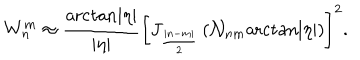
LaTeX: W _ { n } ^ { m } \approx \frac { \mathrm { a r c t a n } | \eta | } { | \eta | } \left[ J _ { \frac { | n - m | } 2 } \left( { \cal N } _ { n m } \mathrm { a r c t a n } | \eta | \right) \right] ^ { 2 } .